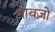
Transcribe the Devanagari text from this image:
मावज़ो